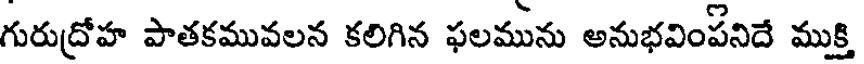
గురుద్రోహ పాతకమువలన కలిగిన ఫలమును అనుభవింపనిదే ముక్తి